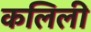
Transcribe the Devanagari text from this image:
कलिली